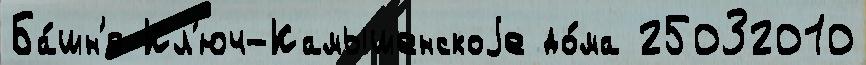
Ба́шн'я Кл'юч-Камышенскоjе до́ма 25032010